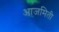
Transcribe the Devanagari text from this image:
आजमिती